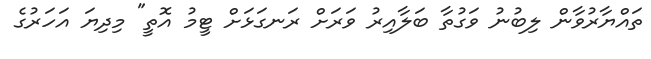
ތައްޔާރުވާން ލިބުނު ވަގުތާ ބަލާއިރު ވަރަށް ރަނގަޅަށް ޓީމު އޮތީ" މިދިޔަ އަހަރުގެ